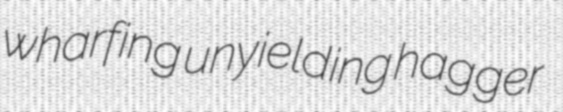
wharfing unyielding hagger